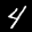
Label: 4